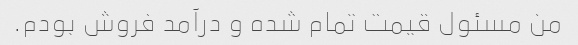
من مسئول قیمت تمام شده و درآمد فروش بودم.